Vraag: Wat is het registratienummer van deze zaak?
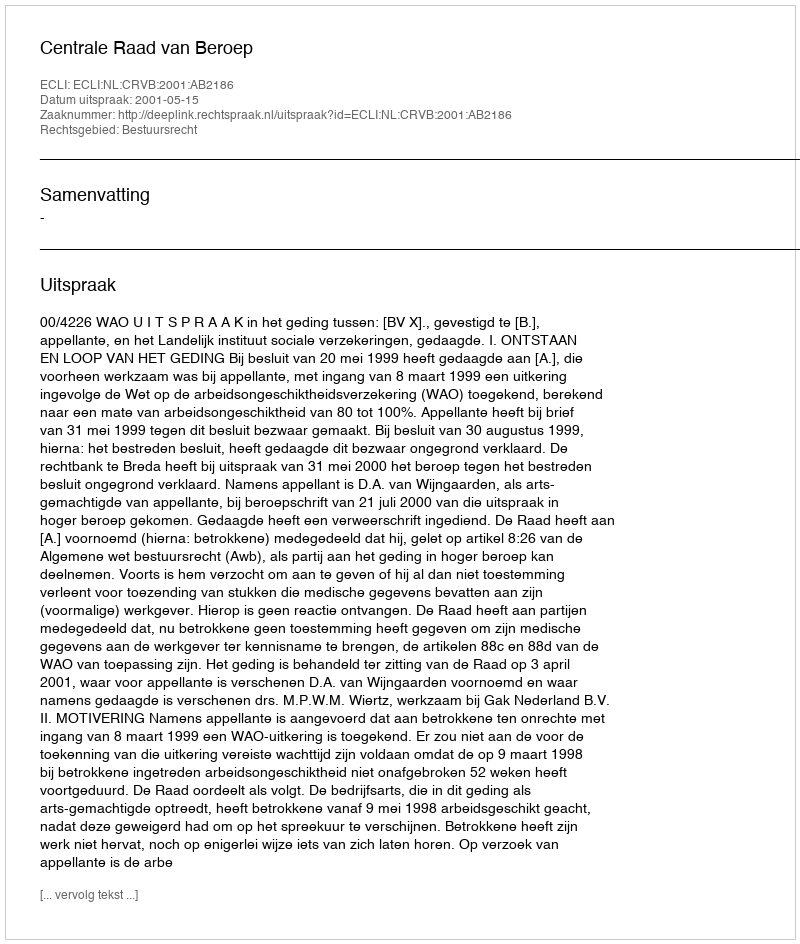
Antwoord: http://deeplink.rechtspraak.nl/uitspraak?id=ECLI:NL:CRVB:2001:AB2186